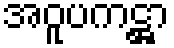
အဝူပကဋ္ဌာ